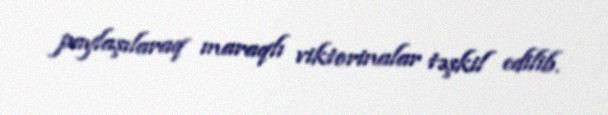
paylaşılaraq maraqlı viktorinalar təşkil edilib.